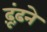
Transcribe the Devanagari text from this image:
ढ़ूंढ़ने